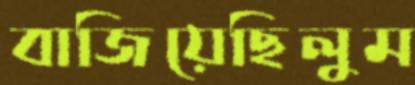
বাজিয়েছিলুম